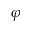
\varphi